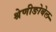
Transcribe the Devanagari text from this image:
श्रेणीङोबेल